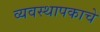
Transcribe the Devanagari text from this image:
व्यवस्थापकाचे